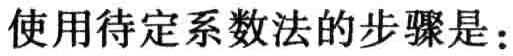
使用待定系数法的步骤是：